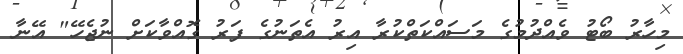
މިހާރު ބޯޓު ވެއްދުމުގެ މަސައްކަތްކުރާ އިރު އެތަނުގެ ފަރު ގޮއްވާކަށް ނުޖެހޭ" އޭނާ